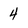
Character: 4